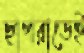
ছাপরাতেই